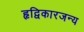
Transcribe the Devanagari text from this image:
हृद्विकारजन्य